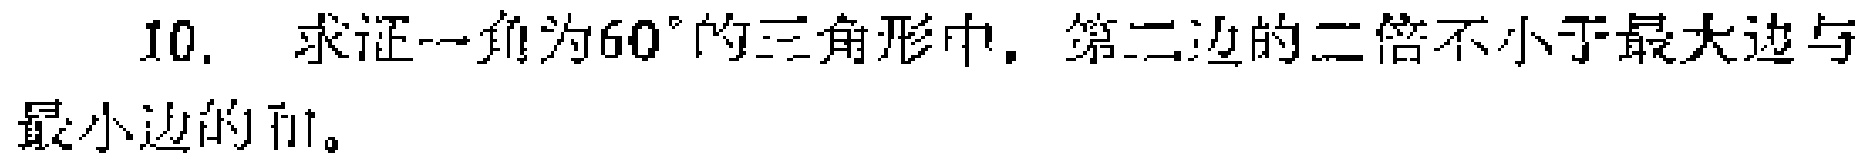
10. 求证一角为\(60^{\circ}\)的三角形中，第二边的二倍不小于最大边与最小边的和。